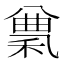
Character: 𥠠